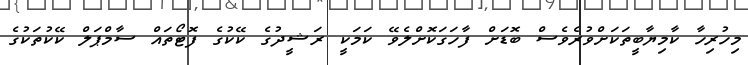
މިހުރިހާ ކާމިޔާބީތަކަށްވުރެވެސް ބޮޑަށް ފާހަގަކޮށްލެވޭ ކަަމަކީ ރަޝީދުގެ ކޭކުގެ ފޮޓޯތައް ސާމްޕަލް ކޭކުތަކުގެ